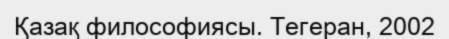
Қазақ философиясы. Тегеран, 2002